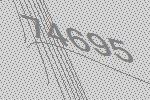
74695